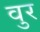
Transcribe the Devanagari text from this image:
वुर